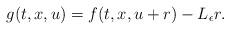
LaTeX: \begin{align*} \begin{array}{l}g(t,x,u)=f(t,x,u+r)-L_{\epsilon}r.\end{array}\end{align*}